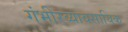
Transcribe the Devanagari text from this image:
गंभीरव्यावसायिक